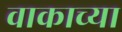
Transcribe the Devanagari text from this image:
वाकाच्या